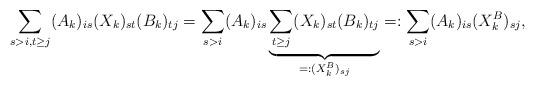
LaTeX: \begin{align*}\sum_{s>i, t \geq j} ( A_k )_{is} ( X_k )_{st} ( B_k )_{tj} =\sum_{s > i} ( A_k )_{is} \underbrace{\sum_{t \geq j} ( X_k )_{st} ( B_k )_{tj}}_{=: (X^B_{k})_{sj}} =:\sum_{s > i} ( A_k )_{is} (X^B_{k})_{sj},\end{align*}